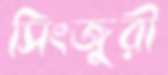
সিংজুরী